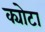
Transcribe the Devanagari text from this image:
क्योटा